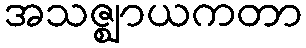
အသဇ္ဈာယကတာ